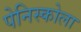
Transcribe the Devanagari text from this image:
पेनिस्कोला